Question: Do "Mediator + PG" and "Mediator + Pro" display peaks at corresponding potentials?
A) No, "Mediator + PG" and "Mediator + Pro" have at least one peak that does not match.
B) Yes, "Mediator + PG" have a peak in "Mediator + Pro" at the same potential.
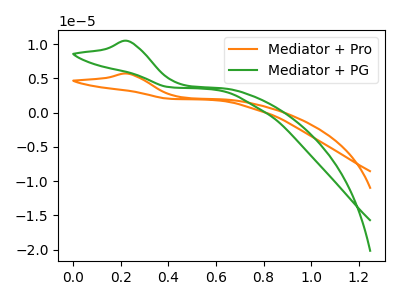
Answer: <think>The orange curve "Mediator + Pro" has an anodic peak at: (0.25V, 5.70uA). The green curve "Mediator + PG" has an anodic peak at: (0.25V, 10.45uA).</think>
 <answer>B) Yes, "Mediator + PG" have a peak in "Mediator + Pro" at the same potential.</answer>
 <eval>B</eval>